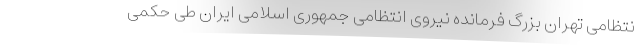
نتظامی تهران بزرگ فرمانده نیروی انتظامی جمهوری اسلامی ایران طی حکمی